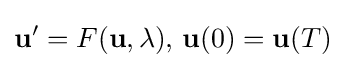
\mathbf {u} '=F(\mathbf {u} ,\lambda ),\,\mathbf {u} (0)=\mathbf {u} (T)